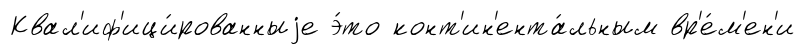
Квал'иф'ици́рованныjе э́то конт'ин'ента́льным вр'е́м'ен'и